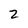
Character: 2